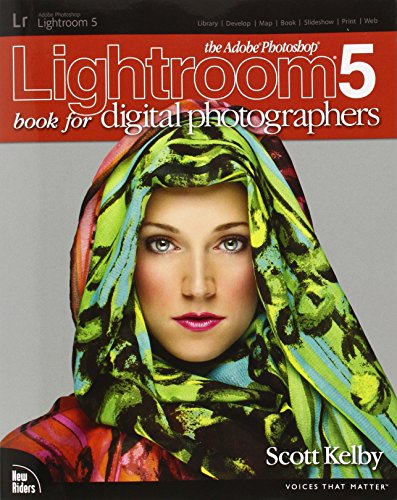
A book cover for The Adobe Photoshop Lightroom 5 Book for Digital Photographers (Voices That Matter); Scott Kelby; Arts & Photography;